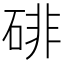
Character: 𪿨